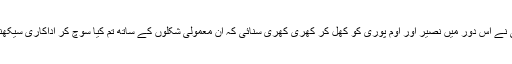
یہاں تک کہ شبانہ اعظمیٰ نے اس دور میں نصیر اور اوم پوری کو کھل کر کھری کھری سنائی کہ ان معمولی شکلوں کے ساتھ تم کیا سوچ کر اداکاری سیکھنے آئے ہو جاؤ گھر جاؤ ۔